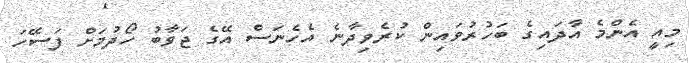
މިއީ އެންމެ އާދައިގެ ބަހުރުވައިން ކުރެވިދާނެ އެހެނަސް އޭގެ ޖަވާބު ހޯދުމަށް ފަސޭހަ